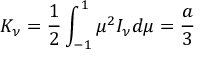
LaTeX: K _ { \nu } = { \frac { 1 } { 2 } } \int _ { - 1 } ^ { 1 } \mu ^ { 2 } I _ { \nu } d \mu = { \frac { a } { 3 } }